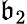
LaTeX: \mathfrak{b}_{2}